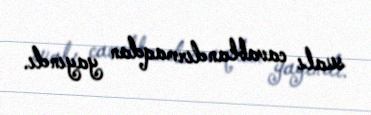
sualı cavablandırmaqdan yayındı.